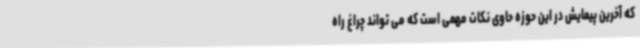
که آخرین پیمایش در این حوزه حاوی نکات مهمی است که می تواند چراغ راه